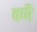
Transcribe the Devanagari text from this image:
बणै